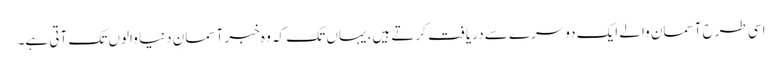
اسی طرح آسمان والے ایک دوسرے سے دریافت کرتے ہیں، یہاں تک کہ وہ خبر آسمانِ دنیا والوں تک آتی ہے۔